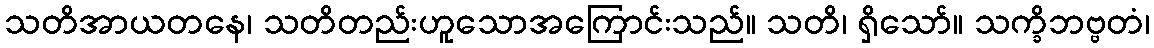
သတိအာယတနေ၊ သတိတည်းဟူသောအကြောင်းသည်။ သတိ၊ ရှိသော်။ သက္ခိဘဗ္ဗတံ၊